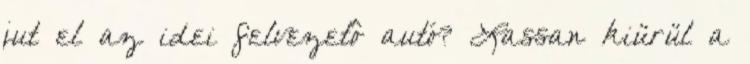
jut el az idei felvezetô autó? Lassan kiürül a